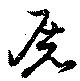
屠